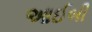
આઈબી